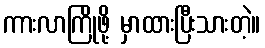
ကားလာကြိုဖို့ မှာထားပြီးသားတဲ့။